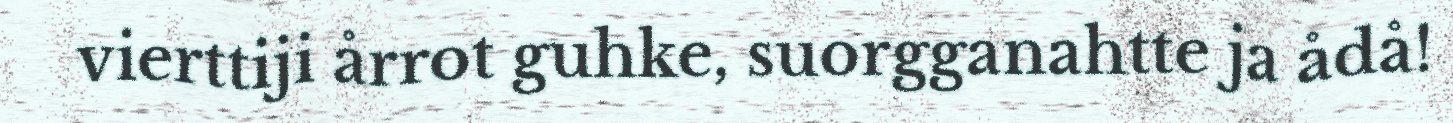
vierttiji årrot guhke, suorgganahtte ja ådå!